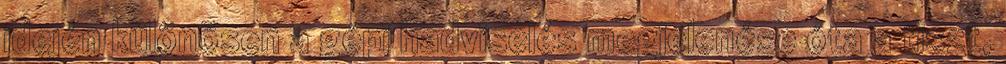
idején különösen a gépi hadviselés megjelenése óta a tiszt,